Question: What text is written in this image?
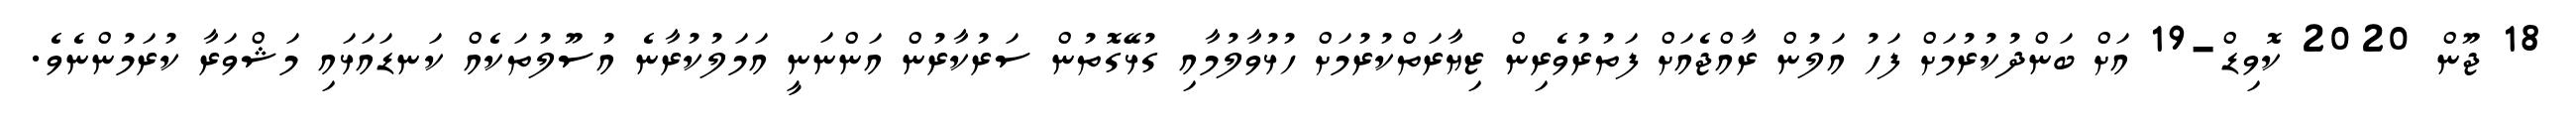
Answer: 18 ޖޫން 2020 ކޮވިޑް-19 އަށް ބަންދުކުރުމަށް ފަހު އަލުން ރާއްޖެއަށް ފަތުރުވެރިން ޒިޔާރަތްކުރުމަށް ހުޅުވާލުމާއި ގުޅޭގޮތުން ސަރުކާރުން އަންނަނީ އަމަލުކުރާނެ އުސޫލުތަކެއް ކަނޑައަޅައި މަޝްވަރާ ކުރަމުންނެވެ.